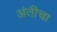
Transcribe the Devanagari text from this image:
अंतीचा